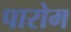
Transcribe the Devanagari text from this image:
पारोम